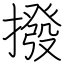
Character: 撥